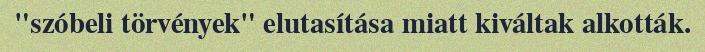
"szóbeli törvények" elutasítása miatt kiváltak alkották.